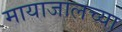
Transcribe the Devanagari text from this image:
मायाजालच्या